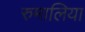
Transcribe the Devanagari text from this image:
रुमालिया